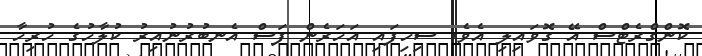
ކޮންގްރެޓްސް އޭ ގޮވައިލި އެވެ. ސިހިފައި އަހަރެން ފަސް އެނބުރުނުއިރު ކުލާހުގެ ހުރިހާ